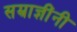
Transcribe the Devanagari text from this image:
सम्राज्ञींनी